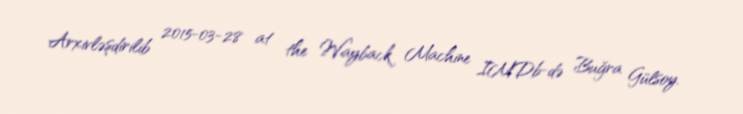
Arxivləşdirilib 2015-03-28 at the Wayback Machine IMDb-də Buğra Gülsoy.